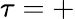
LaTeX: \tau=+